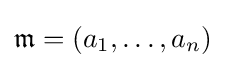
{\mathfrak {m}}=(a_{1},\ldots ,a_{n})